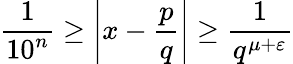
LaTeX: {\frac{1}{10^{n}}}\geq\left|x-{\frac{p}{q}}\right|\geq{\frac{1}{q^{\mu+\varepsilon}}}